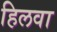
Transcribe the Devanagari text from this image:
हिलवा